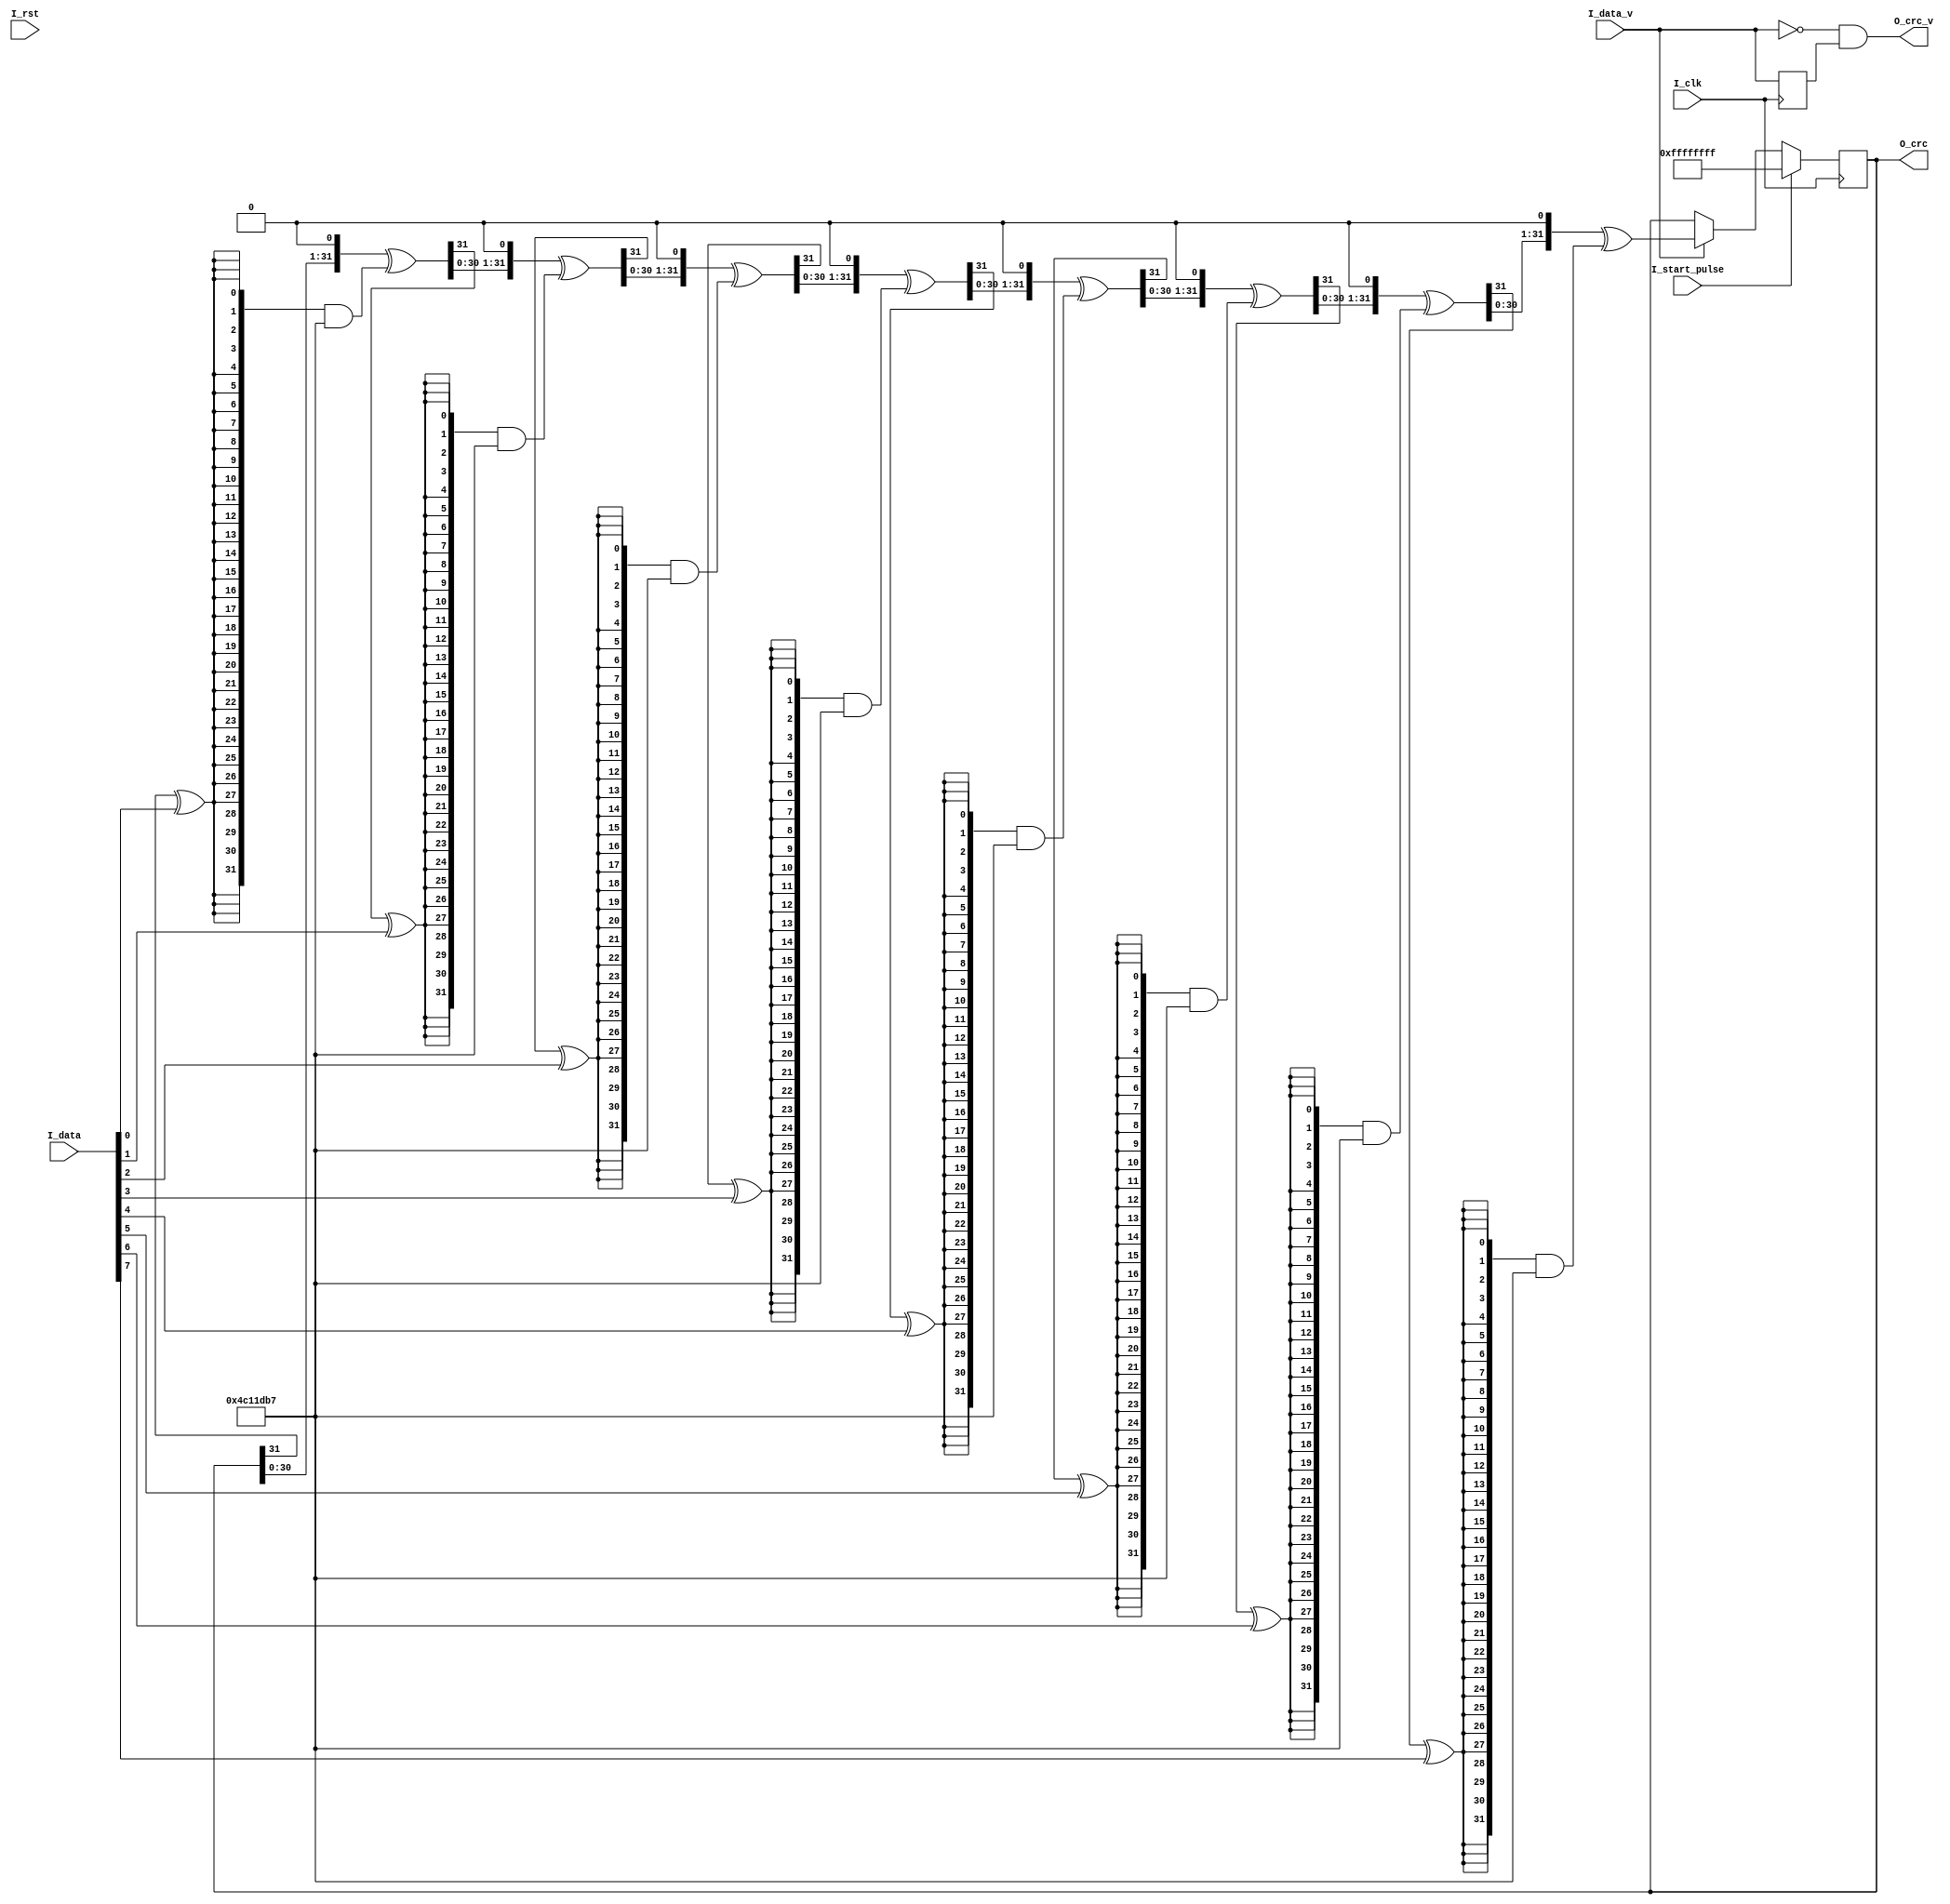
`timescale 1ns/100ps
module crc_gen
#(
parameter C_DWIDTH      = 8            ,       //input data width
parameter C_GEN_WIDTH   = 32           ,       //generator polynomial width
parameter C_GEN_SEQ     = 32'h04c11db7 ,       //generator polynomial
parameter C_INIT        = 32'hffff_ffff,       //initial value
parameter C_IN_INVERT   = 0            ,       //input data invert,high valid
parameter C_BIT_REVERSE = 0            ,       //output bit reverse,high valid
parameter C_BYTE_INVERT = 0            ,       //output invert in byte,high valid
parameter C_REG         = 0                    //output throught register
)
(
input                        I_clk          ,  //clock
input                        I_rst          ,  //sync reset,high valid
input      [C_DWIDTH-1:0]    I_data         ,  //input data
input                        I_data_v       ,  //input data valid
input                        I_start_pulse  ,  //a pulse to initalize calculation before data
output     [C_GEN_WIDTH-1:0] O_crc          ,  //crc result
output                       O_crc_v           //a pulse to indicate crc result valid
);

//----------crc table----------------
//crc32  
//x^32+x^26+x^23+x^22+x^16+x^12+x^11+x^10+x^8+x^7+x^5+x^4+x^2+x+1
//crc-ccitt
// x^16+x^12+x^5+1
//crc4
//x^4+x+1
//-----------------------------------

reg  [C_GEN_WIDTH-1:0] S_crc = 0    ;
reg                    S_data_v = 0 ;
wire [C_DWIDTH-1:0]    S_data       ;
wire [C_GEN_WIDTH-1:0] S_crc_reverse;
wire [C_GEN_WIDTH-1:0] S_crc_out    ;
wire                   S_crc_v      ;

assign S_data = C_IN_INVERT ? F_data_invert(I_data) : I_data;
assign S_crc_out = C_BIT_REVERSE ? ~S_crc : S_crc;
assign S_crc_v = (!I_data_v) && S_data_v;

always @(posedge I_clk)
begin
    if(I_start_pulse)
        S_crc <= C_INIT;
    else if(I_data_v)
        S_crc <= F_crc_gen(S_crc,S_data);
    S_data_v <= I_data_v;
end

generate
if(C_REG == 1)
begin:reg_out

reg [C_GEN_WIDTH-1:0] S_crc_reg = 0;
reg S_crc_v_reg = 0;

always @(posedge I_clk)
begin
    S_crc_reg <= C_BYTE_INVERT ? F_byte_inv(S_crc_out) : S_crc_out;
    S_crc_v_reg <= S_crc_v;
end
assign O_crc = S_crc_reg;
assign O_crc_v = S_crc_v_reg;

end
else
begin
    
assign O_crc = C_BYTE_INVERT ? F_byte_inv(S_crc_out) : S_crc_out;
assign O_crc_v = S_crc_v;   
    
end

endgenerate


function [C_GEN_WIDTH-1:0] F_byte_inv;
input [C_GEN_WIDTH-1:0] I_data;
integer i,j;
begin
    for(i=0;i<C_GEN_WIDTH/8;i=i+1)
    for(j=0;j<8;j=j+1)
        F_byte_inv[i*8+j] = I_data[i*8+7-j];
end
endfunction

function [C_GEN_WIDTH-1:0] F_crc_gen;
input [C_GEN_WIDTH-1:0] I_data1;
input [C_DWIDTH-1:0] I_data2;
integer i,j;
reg [C_GEN_WIDTH-1:0] S_data1;
begin
    F_crc_gen = I_data1;
    for(i=0;i<C_DWIDTH;i=i+1)
    begin   
        F_crc_gen[C_GEN_WIDTH-1:0] = {F_crc_gen[C_GEN_WIDTH-2:0],1'b0} ^ ({C_GEN_WIDTH{F_crc_gen[C_GEN_WIDTH-1] ^ I_data2[i]}} & C_GEN_SEQ[C_GEN_WIDTH-1:0]);
    end
end
endfunction

function [C_DWIDTH-1:0] F_data_invert;
input [C_DWIDTH-1:0] I_data;
integer i;
begin
    for(i=0;i<C_DWIDTH;i=i+1)
        F_data_invert[i] = I_data[C_DWIDTH-1-i];
end
endfunction


endmodule